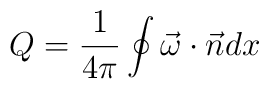
Q = \frac{1}{4\pi}\oint\vec\omega\cdot\vec n d x